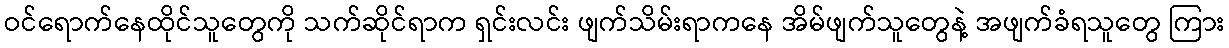
ဝင်ရောက်နေထိုင်သူတွေကို သက်ဆိုင်ရာက ရှင်းလင်း ဖျက်သိမ်းရာကနေ အိမ်ဖျက်သူတွေနဲ့ အဖျက်ခံရသူတွေ ကြား